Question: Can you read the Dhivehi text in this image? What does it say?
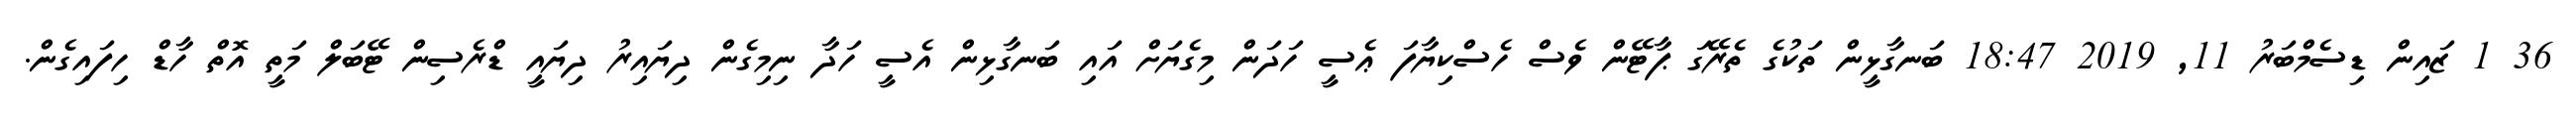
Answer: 36 1 ޒައިން ޑިސެމްބަރު 11, 2019 18:47 ބަނގާޅީން ތަކުގެ ތެރޭގަ ޕާޓޭން ވެސް ހެސްކިޔާފަ ޢެސީ ހަދަން މިގެޔަށް އައި ބަނގާޅިން އެސީ ހަދާ ނިމިގެން ދިޔައިރު ދިޔައީ ޑްރެސިން ޓޭބަލް މަތީ އޮތް ހާޑް ހިފައިގެން.